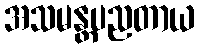
အသမန္တပညတာယ